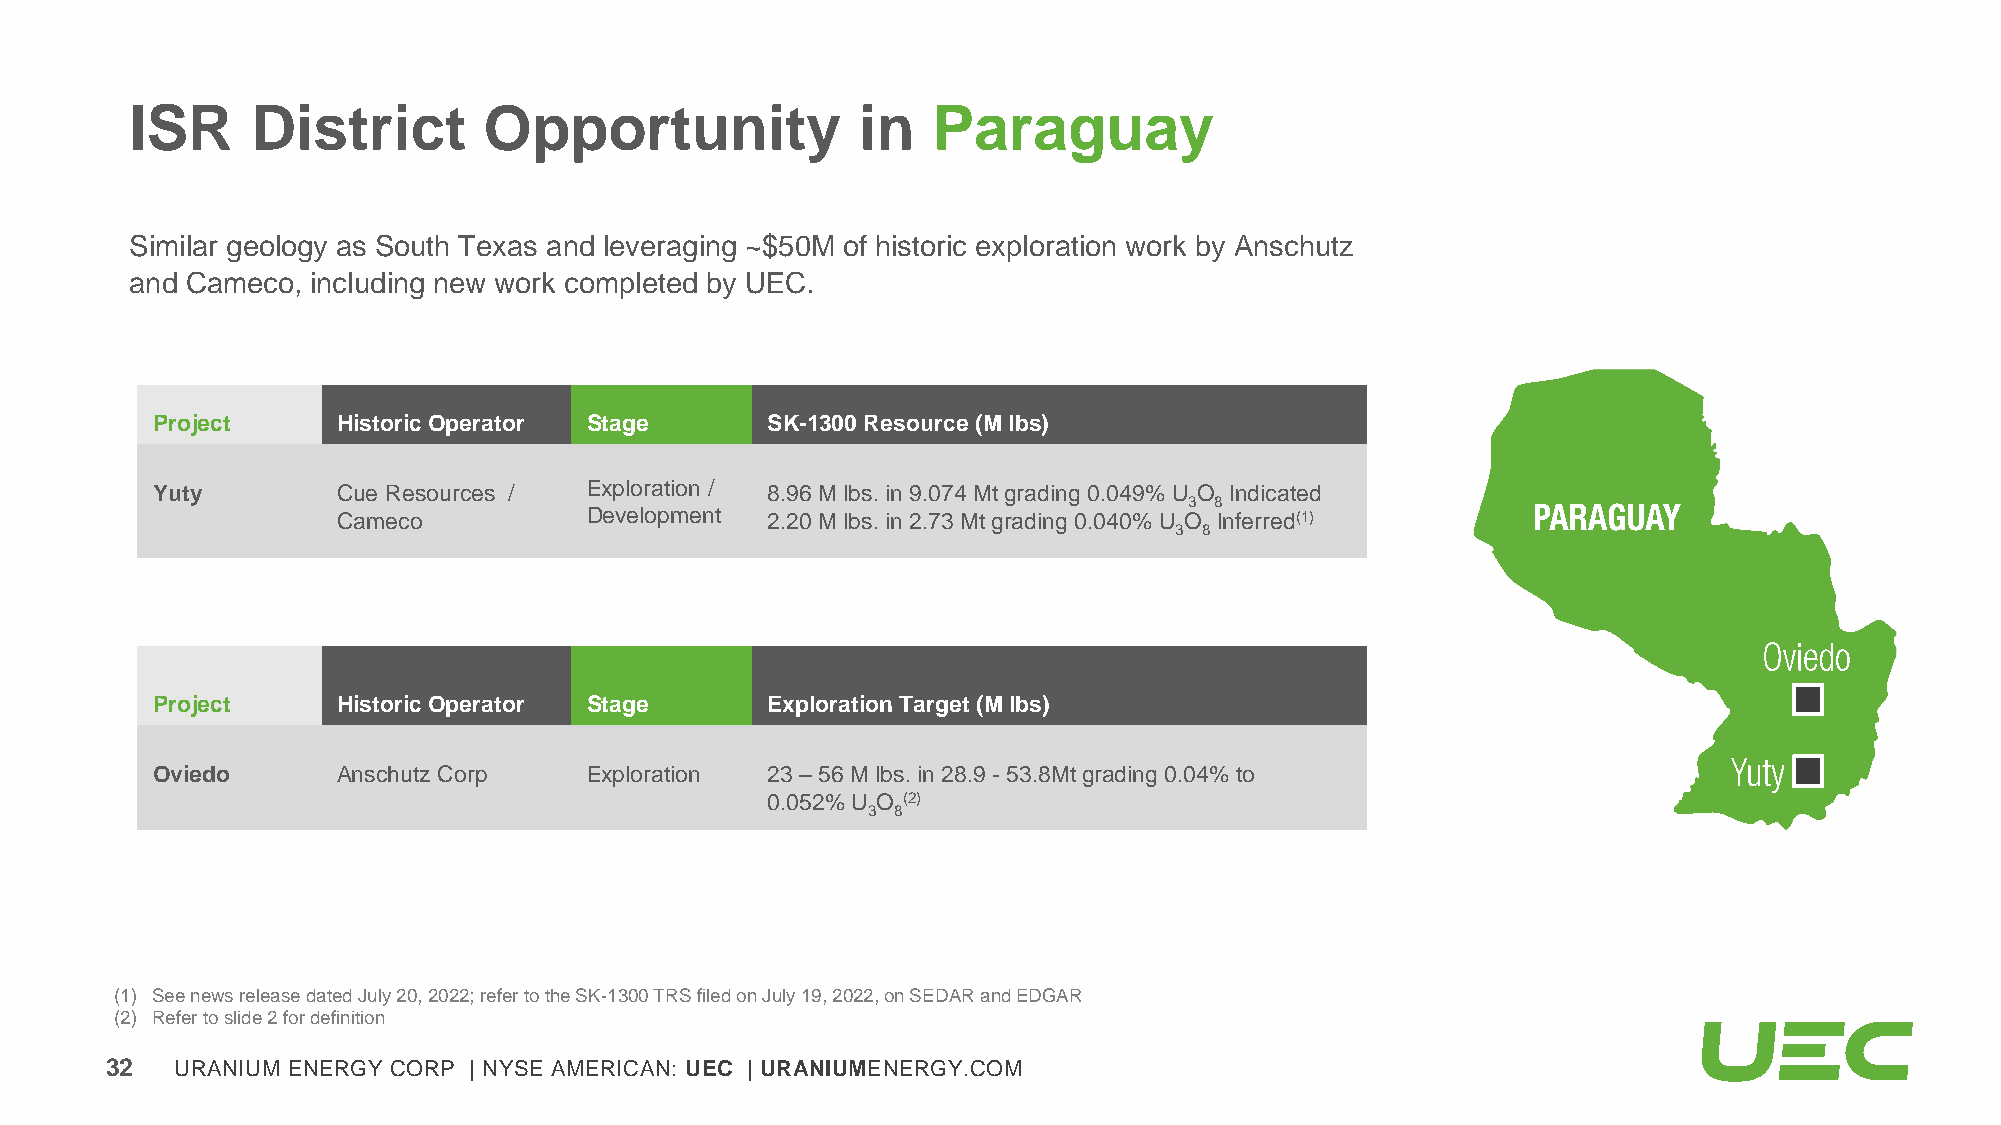
ISR     District       Opportunity              in   Paraguay
 Similar geology as South Texas and leveraging ~$50M of historic exploration work by Anschutz
 and Cameco, including new work completed by UEC.
 Project     Historic Operator Stage      SK-1300 Resource (M lbs)
 Yuty        Cue Resources /  Exploration / 8.96 M lbs. in 9.074 Mt grading 0.049% U O Indicated
 3 8
 Cameco           Development 2.20 M lbs. in 2.73 Mt grading 0.040% U O Inferred(1)
 3 8
 Project     Historic Operator Stage      Exploration Target (M lbs)
 Oviedo      Anschutz Corp    Exploration 23 – 56 M lbs. in 28.9 -53.8Mtgrading 0.04% to
 0.052% U O (2)
 3 8
 (1) See news release dated July 20, 2022; refer to the SK-1300 TRS filed on July 19, 2022, on SEDAR and EDGAR
 (2) Refer to slide 2 for definition
 32   URANIUM ENERGY CORP | NYSE AMERICAN: UEC | URANIUMENERGY.COM